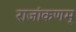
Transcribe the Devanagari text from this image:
राजांकणम्